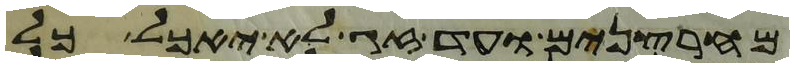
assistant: מחרצנים ועד זג לא יאכל כל